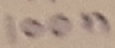
Text: 100n